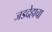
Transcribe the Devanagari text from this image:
जडदेहाचा